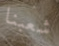
شعبنا